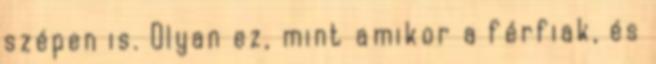
szépen is. Olyan ez, mint amikor a férfiak, és